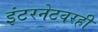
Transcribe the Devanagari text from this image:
इंटरनेटवरही